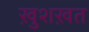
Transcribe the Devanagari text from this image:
ख़ुशख़त